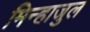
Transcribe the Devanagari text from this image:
मिन्हाजुल